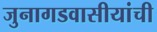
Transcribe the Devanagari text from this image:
जुनागडवासीयांची